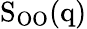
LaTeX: \mathrm{S_{OO}(q)}